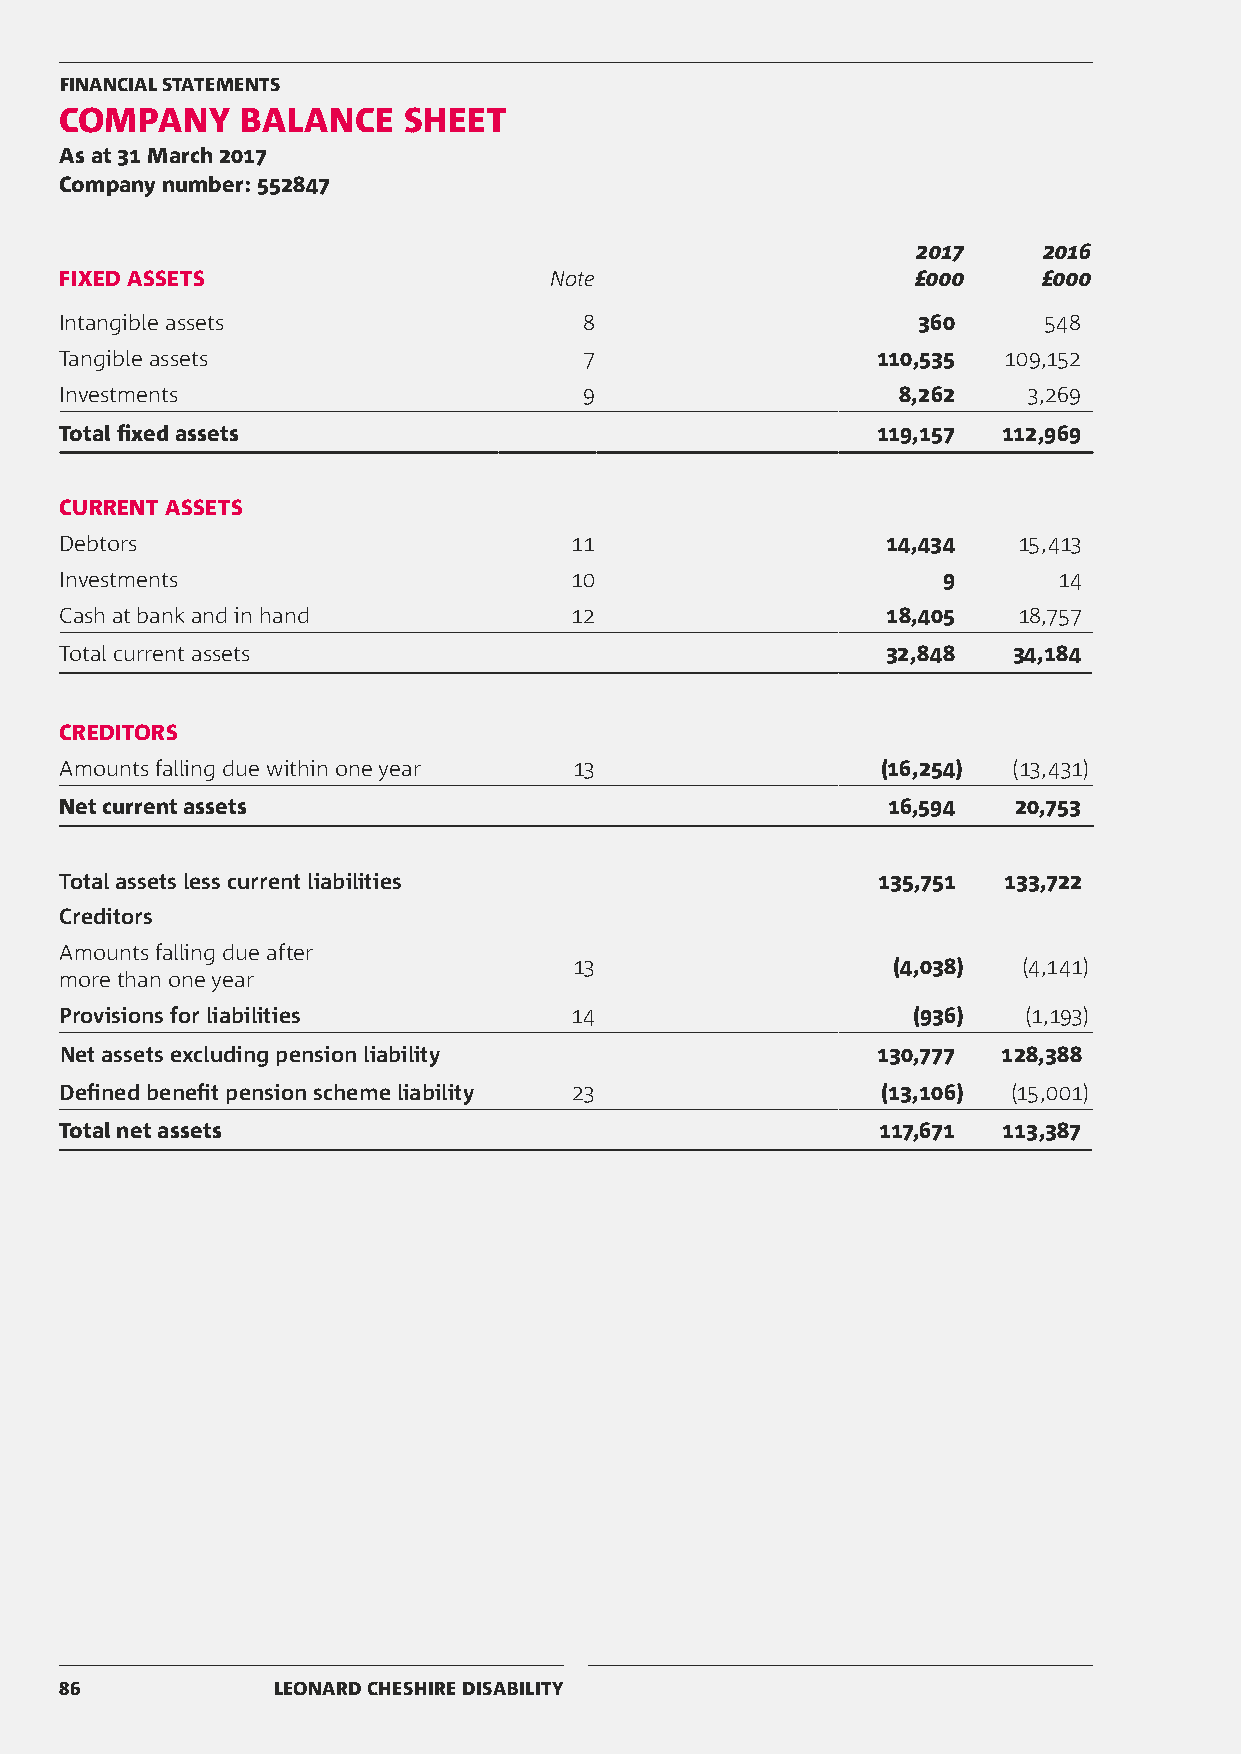
FINANCIAL STATEMENTS
 COMPANY     BALANCE    SHEET
 As at 31 March 2017
 Company number: 552847
 2017    2016
 FIXED ASSETS                    Note                     £000    £000
 Intangible assets                  8                     360     548
 Tangible assets                    7                  110,535 109,152
 Investments                        9                   8,262    3,269
 Total fixed assets                                    119,157 112,969
 CURRENT ASSETS
 Debtors                           11                   14,434  15,413
 Investments                       10                      9       14
 Cash at bank and in hand          12                   18,405  18,757
 Total current assets                                   32,848  34,184
 CREDITORS
 Amounts falling due within one year 13                (16,254) (13,431)
 Net current assets                                     16,594  20,753
 Total assets less current liabilities                 135,751 133,722
 Creditors
 Amounts falling due after
 13                   (4,038)  (4,141)
 more than one year
 Provisions for liabilities        14                    (936)   (1,193)
 Net assets excluding pension liability                130,777 128,388
 Defined benefit pension scheme liability 23           (13,106) (15,001)
 Total net assets                                      117,671 113,387
 86            LEONARD CHESHIRE DISABILITY